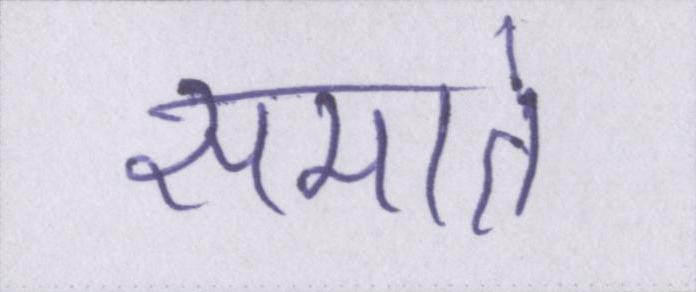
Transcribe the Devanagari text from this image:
समाते